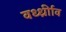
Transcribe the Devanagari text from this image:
वर्ध्ध्रीाव